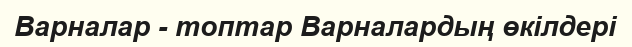
Варналар - топтар Варналардың өкілдері